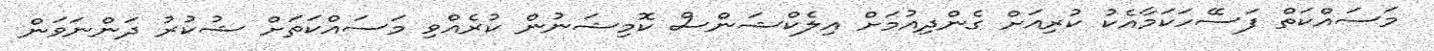
މަސައްކަތް ފަސޭހަކަަމާއެކު ކުރިއަށް ގެންދިއުމަށް އިލެކްޝަންސް ކޮމިޝަނުން ކުރެއްވި މަސައްކަތަށް ޝުކުރު ދަންނަވަން